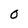
Character: O